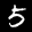
Label: 5